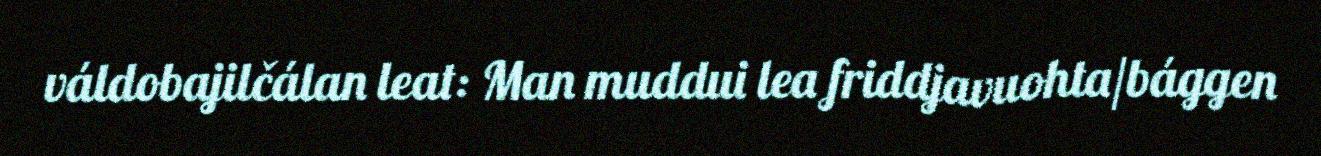
váldobajilčálan leat: Man muddui lea friddjavuohta/bággen